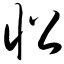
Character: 忪